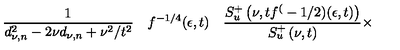
\frac 1 { d _ { \nu , n } ^ { 2 } - 2 \nu d _ { \nu , n } + \nu ^ { 2 } / t ^ { 2 } } \quad f ^ { - 1 / 4 } ( \epsilon , t ) \quad \frac { S _ { u } ^ { + } \left( \nu , t f ^ { ( } - 1 / 2 ) ( \epsilon , t ) \right) } { S _ { u } ^ { + } \left( \nu , t \right) } \times